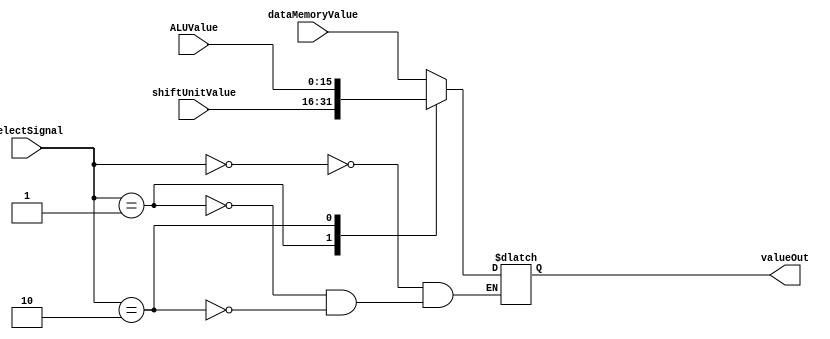
`timescale 1ns / 1ps
//////////////////////////////////////////////////////////////////////////////////
// Company: Auburn University ELEC5200
// 
// Design Name: CPU Project Part 3
// Module Name: mainSelect
//////////////////////////////////////////////////////////////////////////////////


module mainSelect(
    input [15:0] shiftUnitValue,
    input [15:0] dataMemoryValue,
    input [15:0] ALUValue,
    input [1:0] selectSignal,
    output reg [15:0] valueOut
    );
    
    always @(*)
        case(selectSignal)
            2'b00:  //dataMemoryValue
                valueOut <= dataMemoryValue;
            
            2'b01:  //shiftUnitValue
                valueOut <= shiftUnitValue;
            
            2'b10:  //ALUValue
                valueOut <= ALUValue;
    
        endcase
        
endmodule